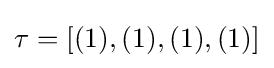
\tau =[(1),(1),(1),(1)]